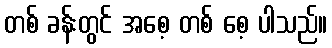
တစ် ခန်းတွင် အစေ့ တစ် စေ့ ပါသည်။